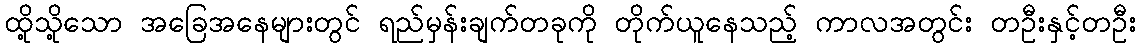
ထို့သို့သော အခြေအနေများတွင် ရည်မှန်းချက်တခုကို တိုက်ယူနေသည့် ကာလအတွင်း တဦးနှင့်တဦး